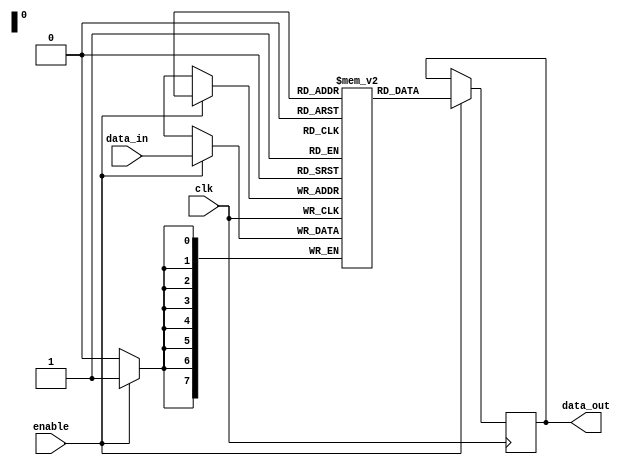
module memory_block (
    input wire clk,          // Global clock signal
    input wire enable,       // Enable signal for the memory block
    input wire [7:0] data_in, // Data input for the memory block
    output reg [7:0] data_out // Data output for the memory block
);
    // Memory storage (8-bit wide, 256 entries)
    reg [7:0] memory [0:255];
    reg [7:0] address; // Address for memory access

    always @(posedge clk) begin
        if (enable) begin
            // Perform memory operations when enabled
            // For example, simple write operation
            memory[address] <= data_in;
            data_out <= memory[address]; // Read operation
        end
    end
endmodule